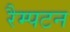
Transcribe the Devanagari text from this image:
रैम्पटन